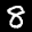
Label: 8